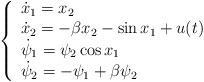
LaTeX: \begin{align*}\left\{\begin{array}{l} \dot{x}_1 = x_2 \\ \dot{x}_2 = - \beta x_2 - \sin x_1 + u(t) \\ \dot{\psi}_1 = \psi_2 \cos x_1 \\ \dot{\psi}_2 = - \psi_1 + \beta \psi_2 \end{array}\right.\end{align*}